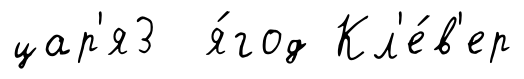
цар'я3 я́год Кл'е́в'ер